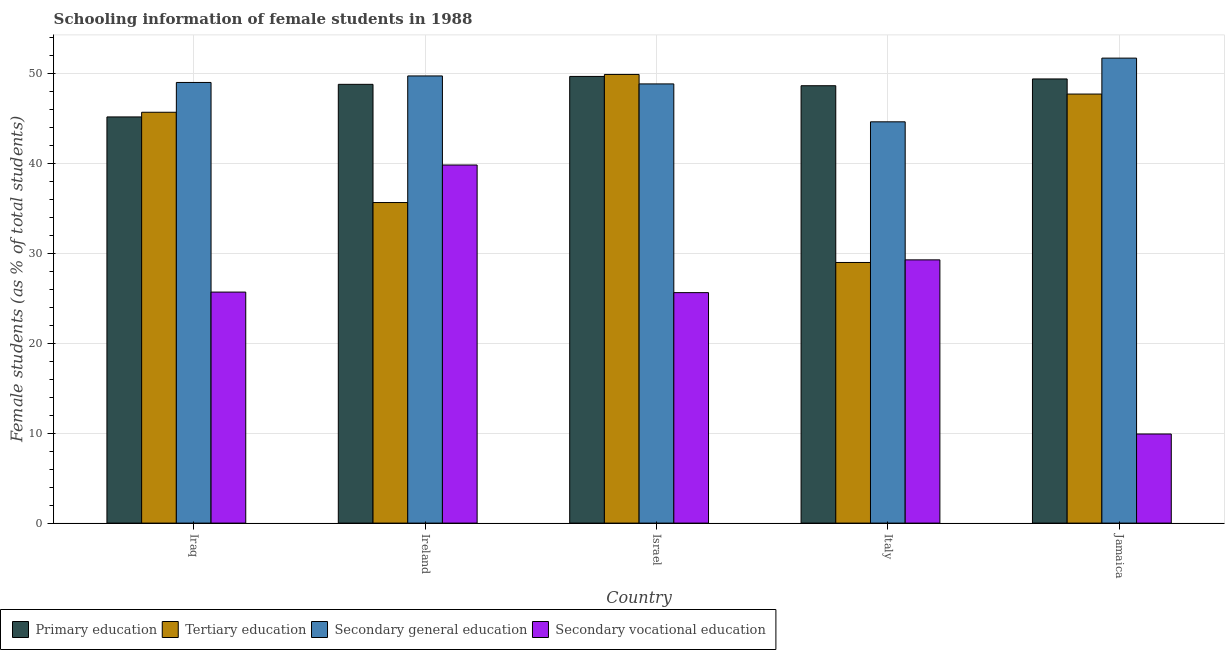
| Country | Primary education | Tertiary education | Secondary general education | Secondary vocational education |
 | --- | --- | --- | --- | --- |
 | Iraq | 45.1 | 45.7 | 49 | 25.7 |
 | Ireland | 48.8 | 35.6 | 49.7 | 39.8 |
 | Israel | 49.6 | 49.9 | 48.8 | 25.6 |
 | Italy | 48.6 | 29 | 44.6 | 29.2 |
 | Jamaica | 49.4 | 47.7 | 51.7 | 9.9 |